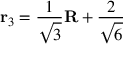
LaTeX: { \bf r } _ { 3 } = \frac { 1 } { \sqrt { 3 } } { \bf R } + \frac { 2 } { \sqrt { 6 } } { \bf \rho }